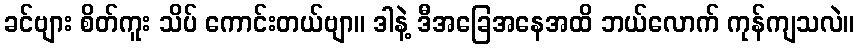
ခင်ဗျား စိတ်ကူး သိပ် ကောင်းတယ်ဗျာ။ ဒါနဲ့ ဒီအခြေအနေအထိ ဘယ်လောက် ကုန်ကျသလဲ။